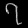
Digit: ၇